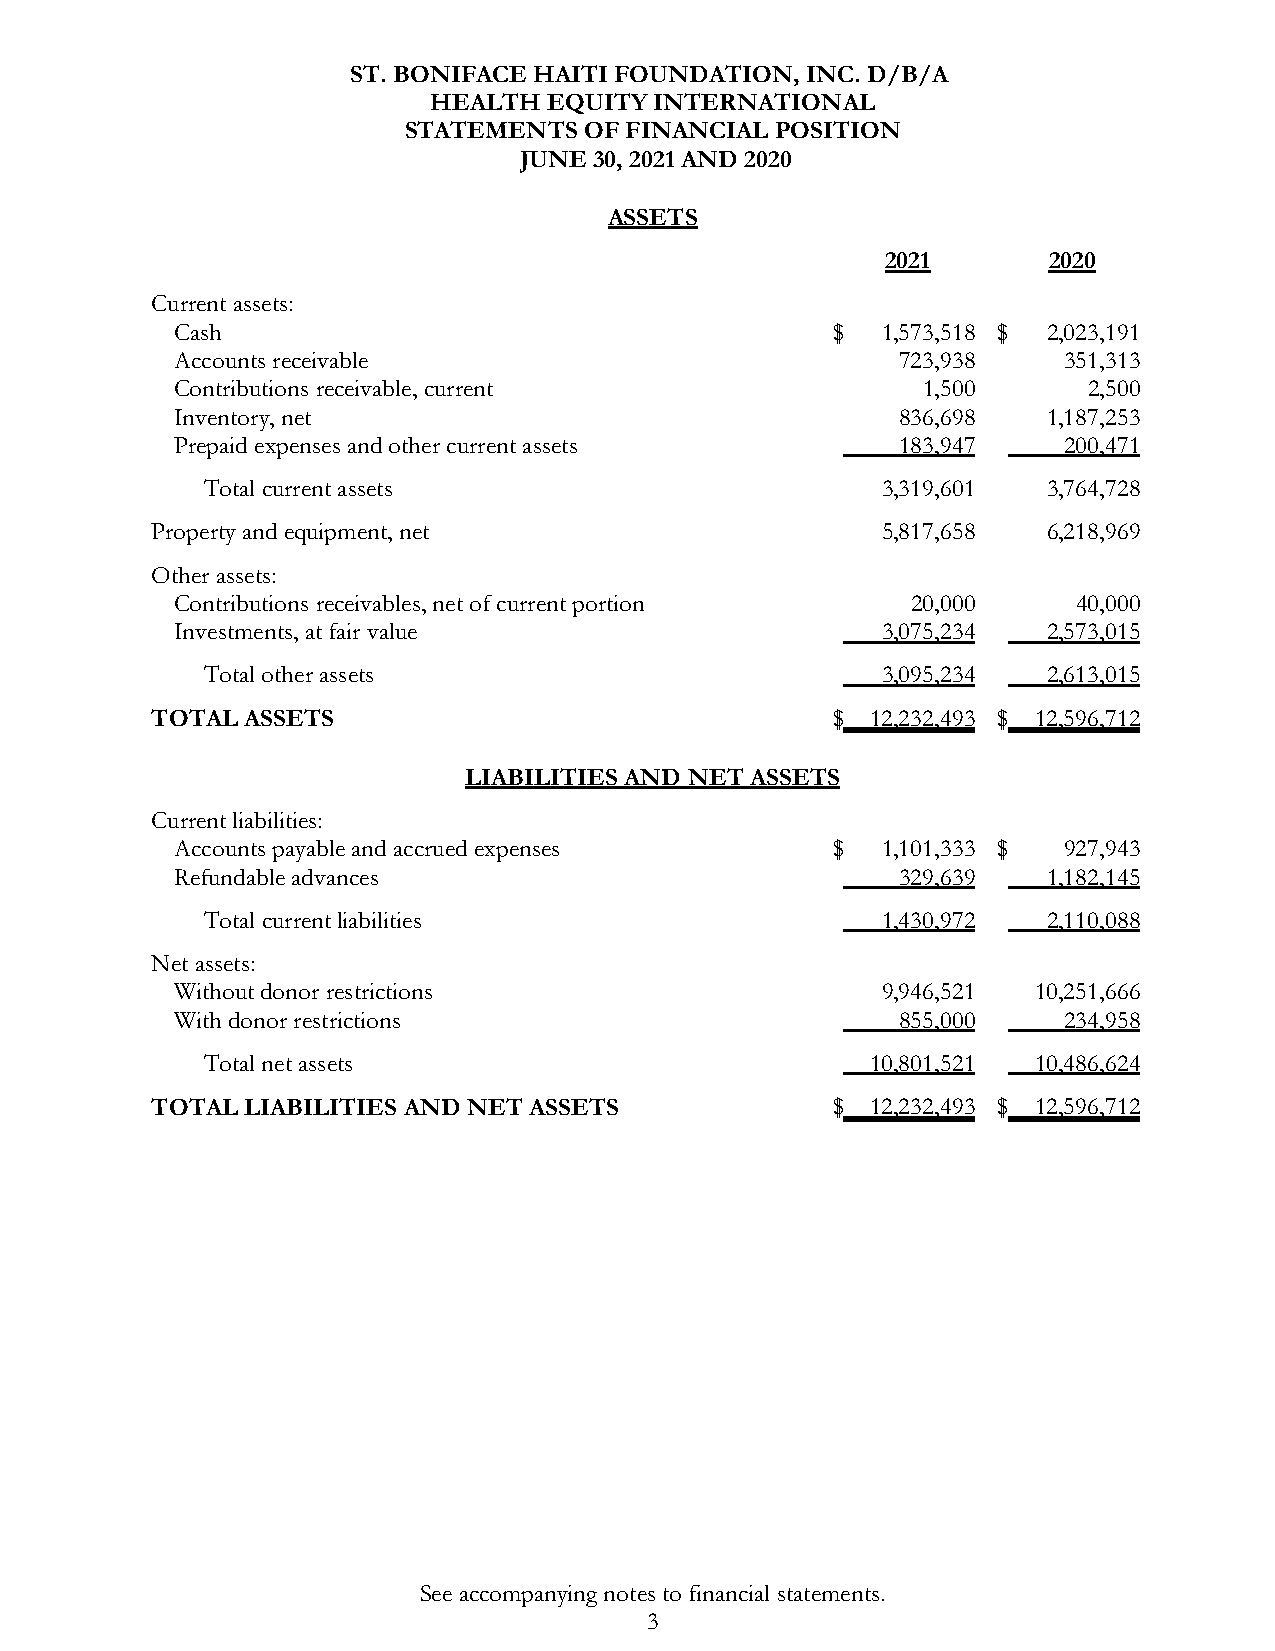
ST. BONIFACE HAITI FOUNDATION, INC. D/B/A
 HEALTH  EQUITY INTERNATIONAL
 STATEMENTS  OF FINANCIAL POSITION
 JUNE 30, 2021 AND 2020
 ASSETS
 2021      2020
 Current assets:
 Cash                                       $  1,573,518 $ 2,023,191
 Accounts receivable                             723,938   351,313
 Contributions receivable, current                1,500      2,500
 Inventory, net                                  836,698  1,187,253
 Prepaid expenses and other current assets       183,947   200,471
 Total current assets                        3,319,601  3,764,728
 Property and equipment, net                     5,817,658  6,218,969
 Other assets:
 Contributions receivables, net of current portion 20,000   40,000
 Investments, at fair value                    3,075,234  2,573,015
 Total other assets                          3,095,234  2,613,015
 TOTAL ASSETS                                 $  12,232,493 $ 12,596,712
 LIABILITIES AND NET ASSETS
 Current liabilities:
 Accounts payable and accrued expenses      $  1,101,333 $ 927,943
 Refundable advances                             329,639  1,182,145
 Total current liabilities                   1,430,972  2,110,088
 Net assets:
 Without donor restrictions                    9,946,521  10,251,666
 With donor restrictions                         855,000   234,958
 Total net assets                            10,801,521 10,486,624
 TOTAL LIABILITIES AND NET ASSETS             $  12,232,493 $ 12,596,712
 See accompanying notes to financial statements.
 3